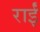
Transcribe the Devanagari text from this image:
राईं